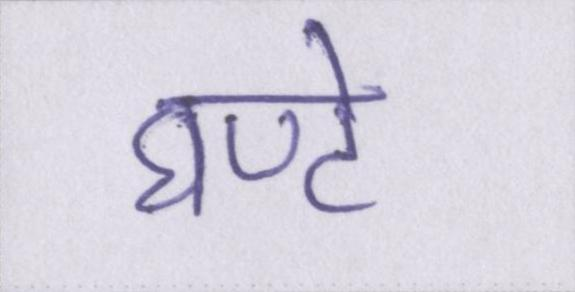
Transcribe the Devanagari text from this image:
घण्टे